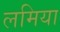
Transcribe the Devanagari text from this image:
लमिया